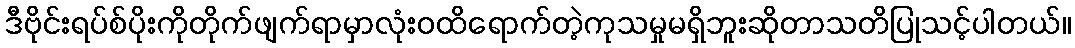
ဒီဗိုင်းရပ်စ်ပိုးကိုတိုက်ဖျက်ရာမှာလုံးဝထိရောက်တဲ့ကုသမှုမရှိဘူးဆိုတာသတိပြုသင့်ပါတယ်။